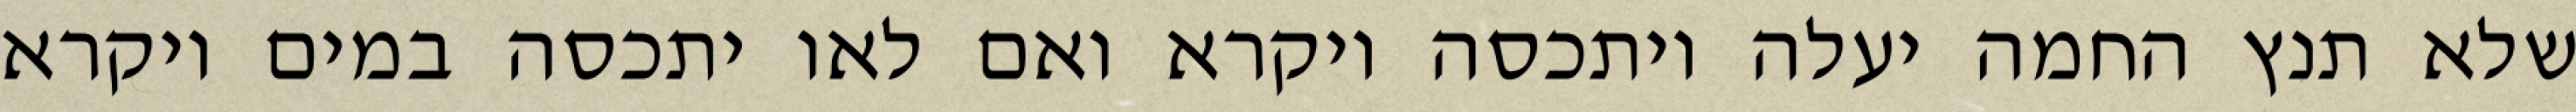
שלא תנץ החמה יעלה ויתכסה ויקרא ואם לאו יתכסה במים ויקרא